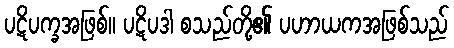
ပဋိပက္ခအဖြစ်။ ပဋိပဒါ စသည်တို့၏ ပဟာယကအဖြစ်သည်